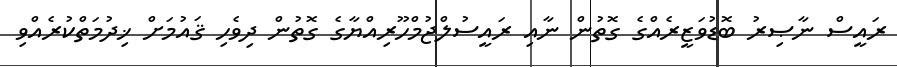
ރައީސް ނާޞިރު ބޮޑުވަޒީރެއްގެ ގޮތުން ނާއި ރައީސުލްޖުމްހޫރިއްޔާގެ ގޮތުން ދިވެހި ޤައުމަށް ޚިދުމަތްކުރެއްވި